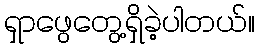
ရှာဖွေတွေ့ရှိခဲ့ပါတယ်။